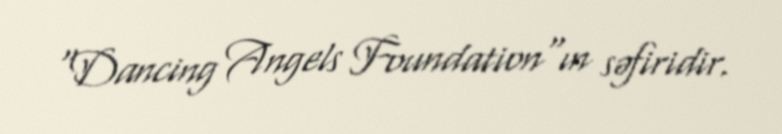
"Dancing Angels Foundation"ın səfiridir.